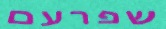
שפרעם